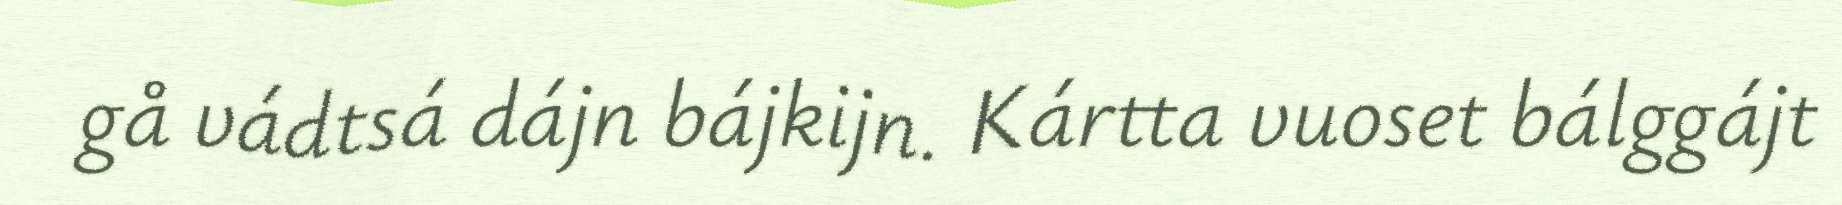
gå vádtsá dájn bájkijn. Kártta vuoset bálggájt